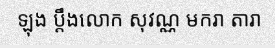
ឡុង ប្តឹងលោក សុវណ្ណ មករា តារា